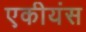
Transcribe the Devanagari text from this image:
एकीयंस